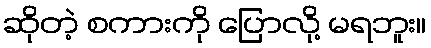
ဆိုတဲ့ စကားကို ပြောလို့ မရဘူး။